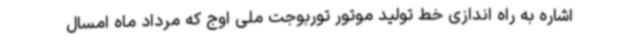
اشاره به راه اندازی خط تولید موتور توربوجت ملی اوج که مرداد ماه امسال